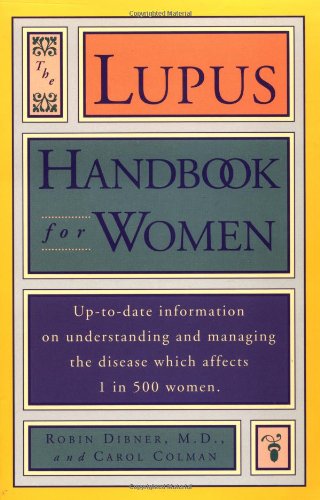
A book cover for Lupus Handbook for Women: Up-to-Date Information on Understanding and Managing the Disease Which Affects; Robin Dibner; Health, Fitness & Dieting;